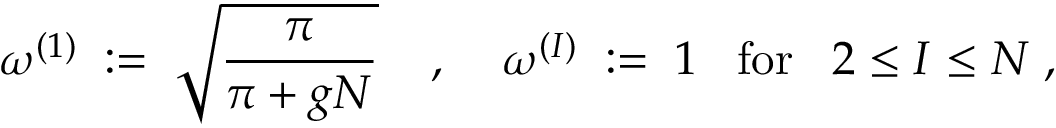
\omega ^ { ( 1 ) } \; : = \; \sqrt { \frac { \pi } { \pi + g N } } \; \; \; \; , \; \; \; \; \omega ^ { ( I ) } \; : = \; 1 \; \; \; \mathrm { f o r } \; \; \; 2 \leq I \leq N \; ,